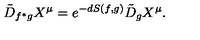
\tilde { D } _ { f ^ { \ast } g } X ^ { \mu } = e ^ { - d S ( f , g ) } \tilde { D } _ { g } X ^ { \mu } .